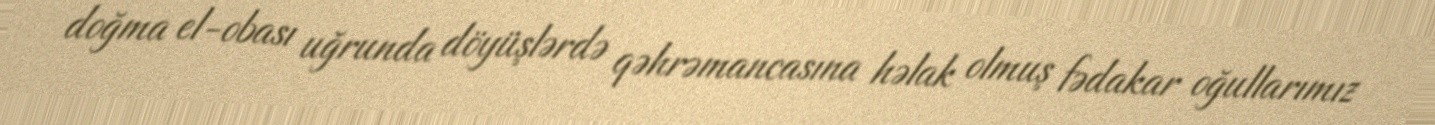
doğma el-obası uğrunda döyüşlərdə qəhrəmancasına həlak olmuş fədakar oğullarımız